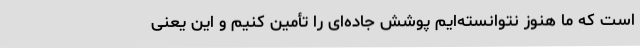
است که ما هنوز نتوانسته‌ایم پوشش جاده‌ای را تأمین کنیم و این یعنی